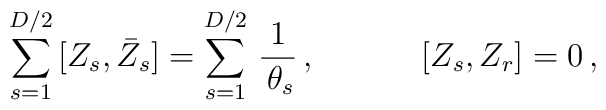
\begin{array}{ll}\displaystyle{\sum_{s=1}^{D/2}\,[Z_{s},\bar{Z}_{s}]=\sum_{s=1}^{D/2}\,\frac{1}{\,\theta_{s}}}\,,~~~&~~~~[Z_{s},Z_{r}]=0\,,\end{array}